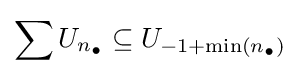
\sum U_{n_{\bullet }}\subseteq U_{-1+\min \left(n_{\bullet }\right)}